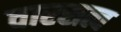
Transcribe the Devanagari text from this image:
वारसत्व